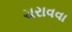
ચરાવવા